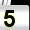
Digit: 5